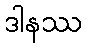
ဒါနဿ